Etiology and epidemiology of plague
Disease focus: Plague
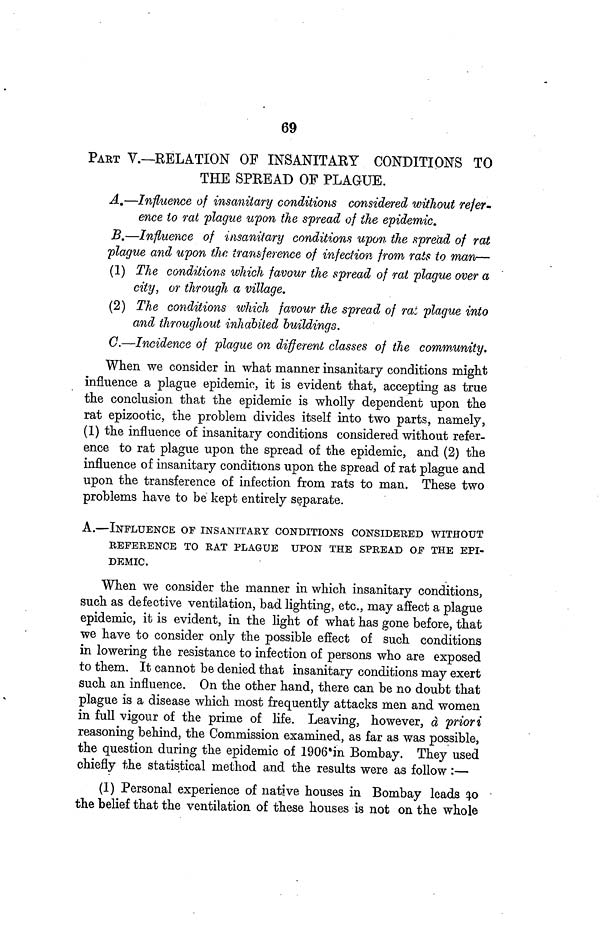
69
PART V.—RELATION OF INSANITARY CONDITIONS TO
THE SPREAD OF PLAGUE.
A.—Influence of insanitary conditions considered without refer-
ence to rat plague upon the spread of the epidemic.
B.—Influence of insanitary conditions upon the spread of rat
plague and upon the transference of infection from rats to man—
(1) The conditions which favour the spread of rat plague over a
city, or through a village.
(2) The conditions which favour the spread of rat plague into
and throughout inhabited buildings.
C.—Incidence of plague on different classes of the community.
When we consider in what manner insanitary conditions might
influence a plague epidemic, it is evident that, accepting as true
the conclusion that the epidemic is wholly dependent upon the
rat epizootic, the problem divides itself into two parts, namely,
(1) the influence of insanitary conditions considered without refer-
ence to rat plague upon the spread of the epidemic, and (2) the
influence of insanitary conditions upon the spread of rat plague and
upon the transference of infection from rats to man. These two
problems have to be kept entirely separate.
A.—INFLUENCE OP INSANITARY CONDITIONS CONSIDERED WITHOUT
REFERENCE TO RAT PLAGUE UPON THE SPREAD OF THE EPI-
DEMIC.
When we consider the manner in which insanitary conditions,
such as defective ventilation, bad lighting, etc., may affect a plague
epidemic, it is evident, in the light of what has gone before, that
we have to consider only the possible effect of such conditions
in lowering the resistance to infection of persons who are exposed
to them. It cannot be denied that insanitary conditions may exert
such an influence. On the other hand, there can be no doubt that
plague is a disease which most frequently attacks men and women
in full vigour of the prime of life. Leaving, however, a priori
reasoning behind, the Commission examined, as far as was possible,
the question during the epidemic of 1906 in Bombay. They used
chiefly the statistical method and the results were as follow :—
(1) Personal experience of native houses in Bombay leads \ill\
the belief that the ventilation of these houses is not on the whole